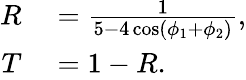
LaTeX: \begin{array}{rl}{R}&{{}=\frac{1}{5-4\cos(\phi_{1}+\phi_{2})},}\\ {T}&{{}=1-R.}\end{array}